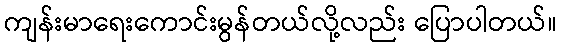
ကျန်းမာရေးကောင်းမွန်တယ်လို့လည်း ပြောပါတယ်။